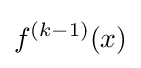
f^{(k-1)}(x)